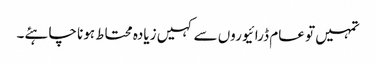
تمہیں تو عام ڈرائیوروں سے کہیں زیادہ محتاط ہونا چاہئے۔